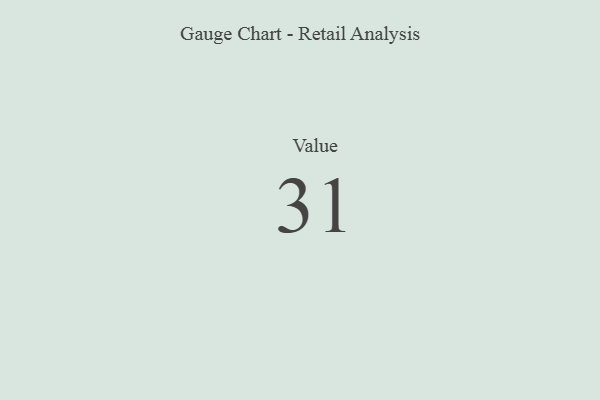
{"axis": {"x": "Metric", "y": "Value"}, "legend": [""], "data": [{"x": "Value", "y": 31, "type": ""}]}